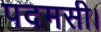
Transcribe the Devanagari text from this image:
पदमसी।